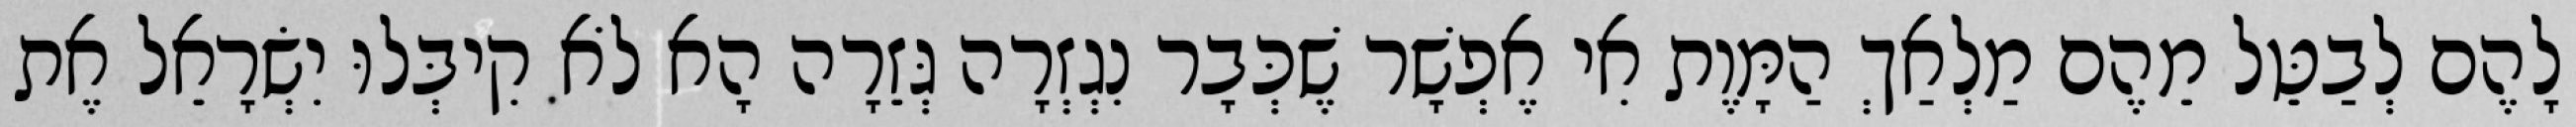
לָהֶם לְבַטֵּל מֵהֶם מַלְאַךְ הַמָּוֶת אִי אֶפְשָׁר שֶׁכְּבָר נִגְזְרָה גְּזֵרָה הָא לֹא קִיבְּלוּ יִשְׂרָאֵל אֶת